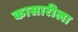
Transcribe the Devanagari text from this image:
कासारीला